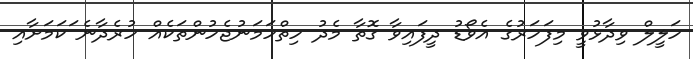
ހަލީލް ވިދާޅުވީ މިފަހަރުގެ އެވޯޑު ދީފައިވާ ގޮތާ މެދު ހިތްހަމަނުޖެހުންތަކެއް ހުރެދާނެ ަކަމަށާއި